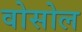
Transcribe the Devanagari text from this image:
वोसोल